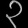
Digit: ၃